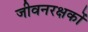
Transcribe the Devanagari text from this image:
जीवनरक्षकों